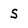
Character: S